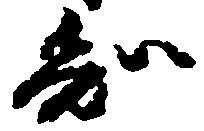
知